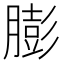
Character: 膨